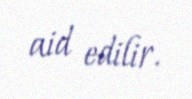
aid edilir.